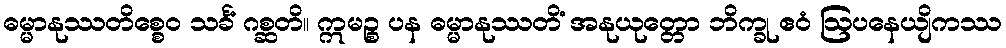
ဓမ္မာနုဿတိစ္စေဝ သင်္ခံ ဂစ္ဆတိ။ ဣမဉ္စ ပန ဓမ္မာနုဿတိံ အနုယုတ္တော ဘိက္ခု ဧဝံ ဩပနေယျိကဿ